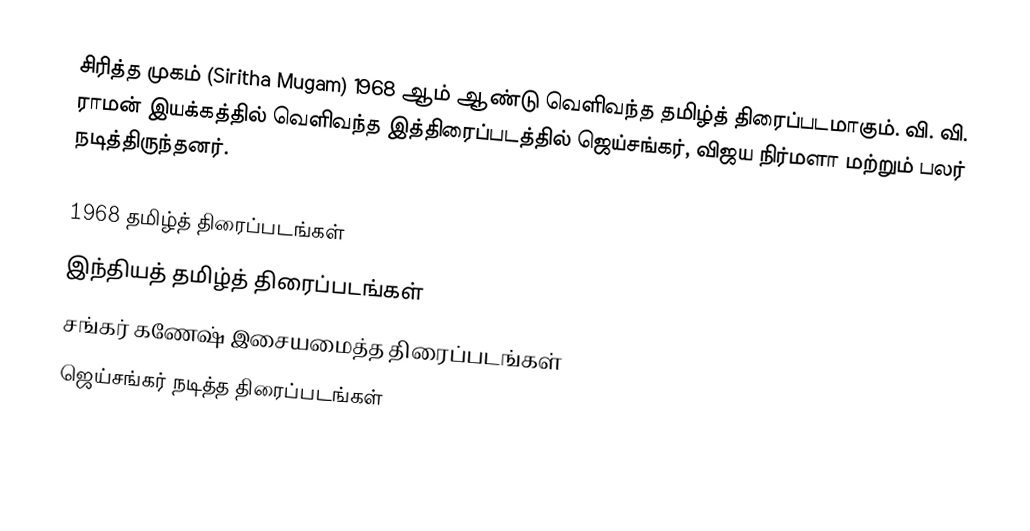
சிரித்த முகம் (Siritha Mugam) 1968 ஆம் ஆண்டு வெளிவந்த தமிழ்த் திரைப்படமாகும். வி. வி. ராமன் இயக்கத்தில் வெளிவந்த இத்திரைப்படத்தில் ஜெய்சங்கர், விஜய நிர்மளா மற்றும் பலர் நடித்திருந்தனர்.

1968 தமிழ்த் திரைப்படங்கள்
இந்தியத் தமிழ்த் திரைப்படங்கள்
சங்கர் கணேஷ் இசையமைத்த திரைப்படங்கள்
ஜெய்சங்கர் நடித்த திரைப்படங்கள்